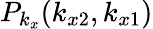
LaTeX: P_{k_{x}}(k_{x2},k_{x1})